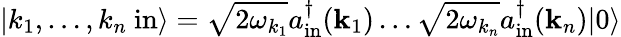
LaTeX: \left|k_{1},\ldots,k_{n}\ \mathrm{in}\right\rangle={\sqrt{2\omega_{k_{1}}}}a_{\mathrm{in}}^{\dagger}(\mathbf{k}_{1})\ldots{\sqrt{2\omega_{k_{n}}}}a_{\mathrm{in}}^{\dagger}(\mathbf{k}_{n})|0\rangle